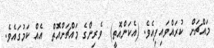
މައްޗަށް  ކުރައްވައިފިއެވެ. (އެކަންއޮތީ)  ވެރިންގެ މައްޗަށްއޮތް  އެއް ކަމުގައެވެ.